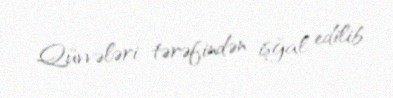
Qüvvələri tərəfindən işğal edilib.